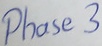
Text: Phase3